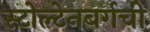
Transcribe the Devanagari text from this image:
स्टोल्टेनबर्गची